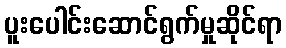
ပူးပေါင်းဆောင်ရွက်မှုဆိုင်ရာ